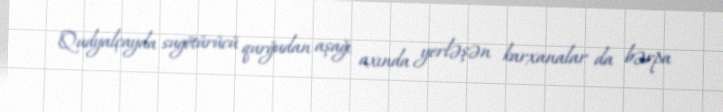
Qudyalçayda sugötürücü qurğudan aşağı axında yerləşən karxanalar da bərpa